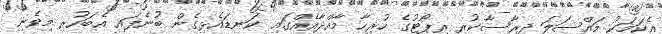
އެކަމަކު މައްސަލަ ދިރާސާކުރި ރިޕޯޓުގެ ހުރިހާ މާއްދާއެއްގައި ކަނޑައެޅިގެން ބުނެފައި އެބަހުރި މިވެނި